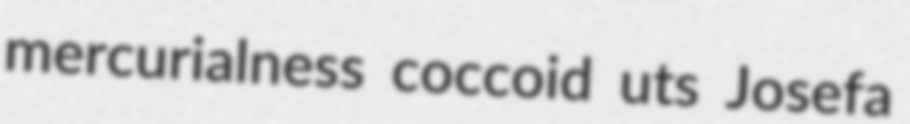
mercurialness coccoid uts Josefa